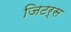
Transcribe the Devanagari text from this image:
जिटर्स